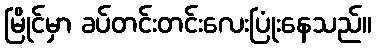
မြိုင်မှာ ခပ်တင်းတင်းလေးပြုံးနေသည်။